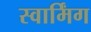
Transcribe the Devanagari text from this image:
स्वार्मिंग